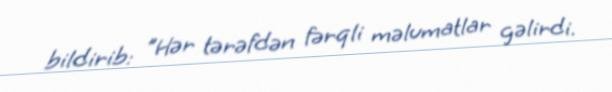
bildirib: "Hər tərəfdən fərqli məlumatlar gəlirdi.